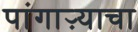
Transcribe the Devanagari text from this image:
पांगाऱ्याचा